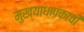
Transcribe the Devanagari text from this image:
मुख्याधापकाची